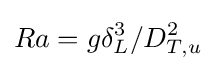
Ra=g\delta _{L}^{3}/D_{T,u}^{2}